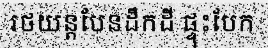
រថយន្តបែនដឹកដី ផ្ទុះបែក